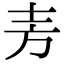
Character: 𫠤